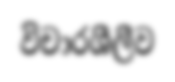
විචාරශීලීව